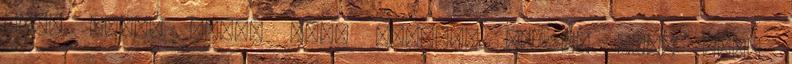
tört része alatt kell dönteni És ha csak néha